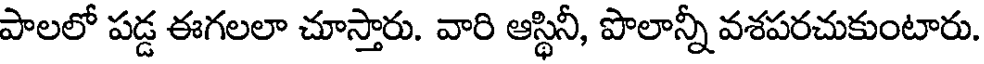
పాలలో పడ్డ ఈగలలా చూస్తారు. వారి ఆస్థినీ, పొలాన్నీ వశపరచుకుంటారు.